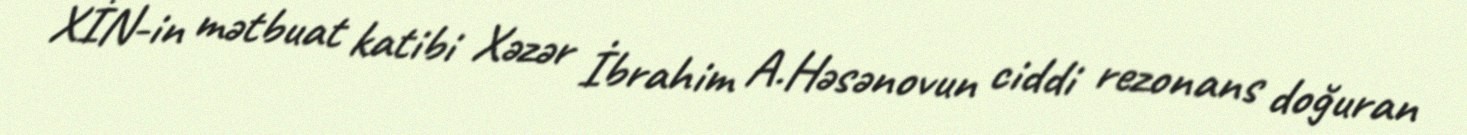
XİN-in mətbuat katibi Xəzər İbrahim A.Həsənovun ciddi rezonans doğuran